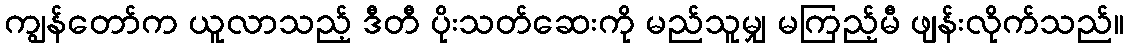
ကျွန်တော်က ယူလာသည့် ဒီတီ ပိုးသတ်ဆေးကို မည်သူမျှ မကြည့်မီ ဖျန်းလိုက်သည်။